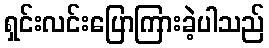
ရှင်းလင်းပြောကြားခဲ့ပါသည်